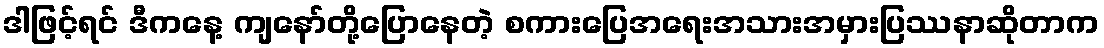
ဒါဖြင့်ရင် ဒီကနေ့ ကျနော်တို့ပြောနေတဲ့ စကားပြေအရေးအသားအမှားပြဿနာဆိုတာက